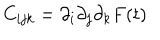
LaTeX: C _ { i j k } = \partial _ { i } \partial _ { j } \partial _ { k } F ( t )